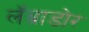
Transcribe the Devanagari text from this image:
लॅब्राडोर